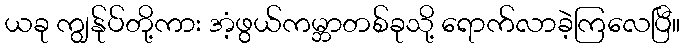
ယခု ကျွန်ုပ်တို့ကား အံ့ဖွယ်ကမ္ဘာတစ်ခုသို့ ရောက်လာခဲ့ကြလေပြီ။